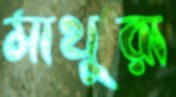
মাথুরা